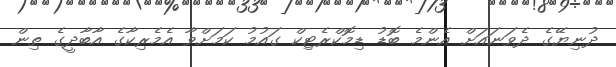
ދުނިޔޭގެ ދެވަނައަށް އެންމެ ބޮޑު ޑިމޮކްރެޓިކް ގައުމު ކަމަށްވާ އެމެރިކާގެ އާބާދީގެ ތިން